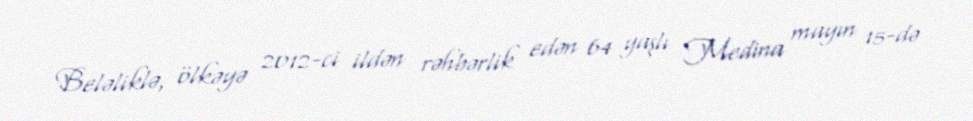
Beləliklə, ölkəyə 2012-ci ildən rəhbərlik edən 64 yaşlı Medina mayın 15-də